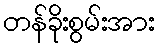
တန်ခိုးစွမ်းအား